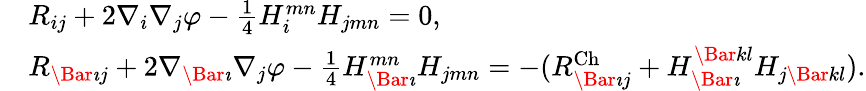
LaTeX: \begin{array}{rl}&{R_{ij}+2\nabla_{i}\nabla_{j}\varphi-\frac{1}{4}H_{i}^{mn}H_{jmn}=0,}\\ &{R_{\Bar{\imath}j}+2\nabla_{\Bar{\imath}}\nabla_{j}\varphi-\frac{1}{4}H_{\Bar{\imath}}^{mn}H_{jmn}=-(R_{\Bar{\imath}j}^{\mathrm{Ch}}+H_{\Bar{\imath}}^{\Bar{k}l}H_{j\Bar{k}l}).}\end{array}